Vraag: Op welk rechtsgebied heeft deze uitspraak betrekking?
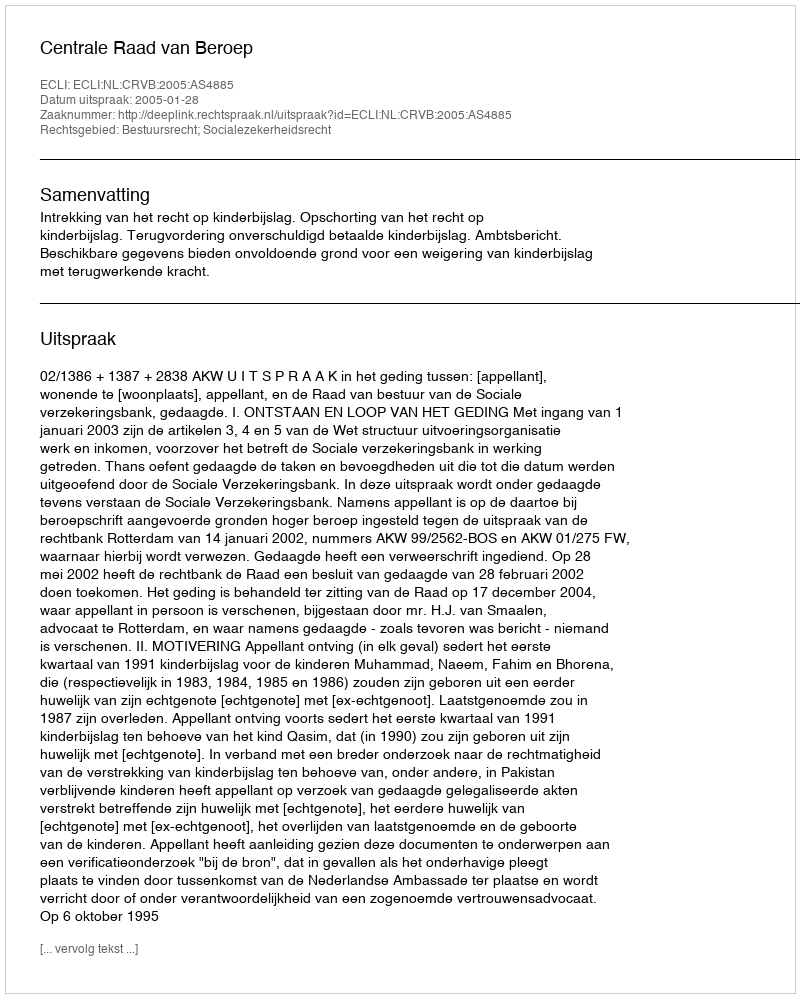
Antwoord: Bestuursrecht; Socialezekerheidsrecht